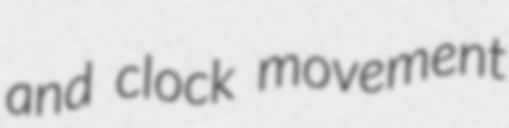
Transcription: and clock movement